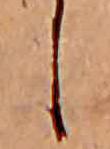
し